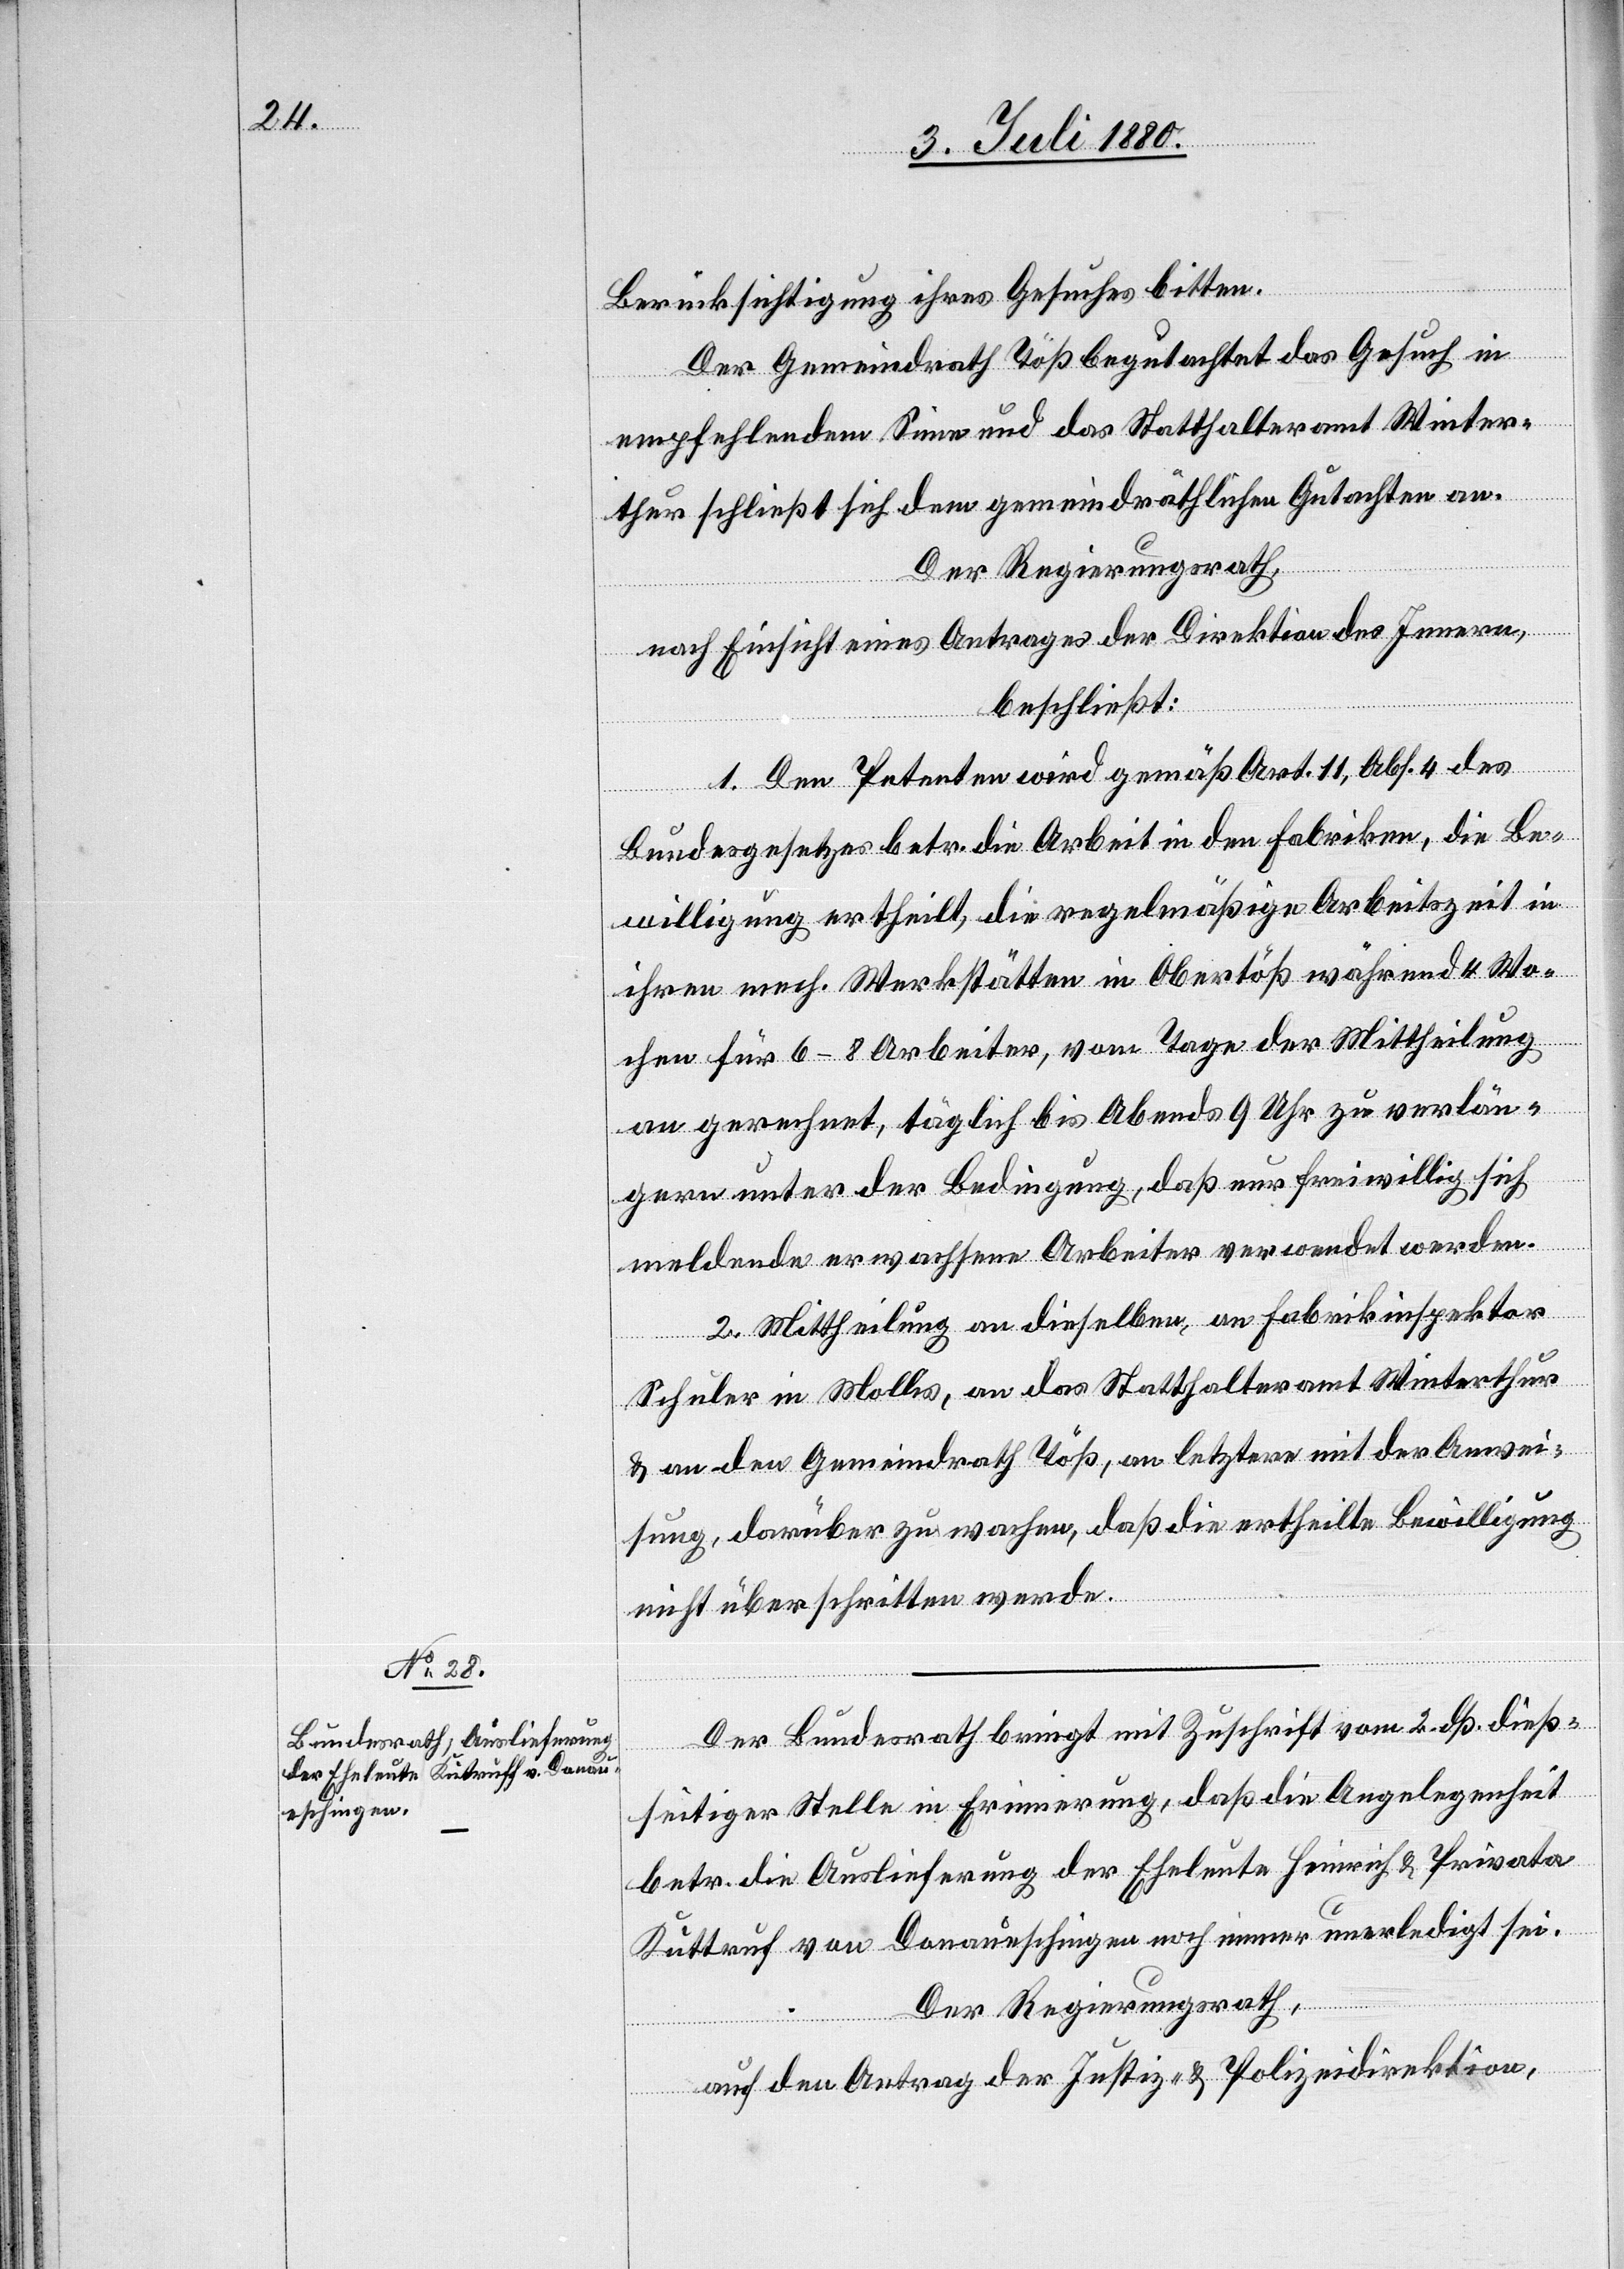
6. Juli 1880.]
Berücksichtigung ihres Gesuches bitten.
Der Gemeindrath Töß begutachtet das Gesuch in
empfehlendem Sinne und das Statthalteramt Winter¬
thur schließt sich dem gemeinderäthlichen Gutachten an.
Der Regierungsrath,
nach Einsicht eines Antrages der Direktion des Innern,
beschließt:
1. Den Petenten wird gemäß Art. 11, Abs. 4 des
Bundesgesetztes betr. die Arbeit in den Fabriken, die Be¬
willigung ertheilt, die regelmäßige Arbeitszeit in
ihren mech. Werkstätten in Obertöß während 4 Wo¬
chen für 6–8 Arbeiter, vom Tage der Mittheilung
an gerechnet, täglich bis Abends 9 Uhr zu verlän¬
gern unter der Bedingung, daß nur freiwillig sich
meldende erwachsene Arbeiter verwendet werden.
2. Mittheilung an dieselben, an Fabrikinspektor
ungen.
Schuler in Mollis, an das Statthalteramt Winterthur
& an den Gemeindrath Töß, an letztere mit der Anwei¬
sung, darüber zu wachen, daß die ertheilte Bewilligung
nicht überschritten werde.
Der Bundesrath bringt mit Zuschrift vom 2. dß. dieß¬
seitiger Stelle in Erinnerung, daß die Angelegenheit
betr. die Auslieferung der Eheleute Heinrich & Privata
[sic!] von Donaueschingen noch immer unerledigt sei.
Der Regierungsrath,
auf den Antrag der Justiz- & Polizeidirektion,